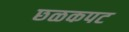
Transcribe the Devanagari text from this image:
छळकपट